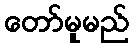
တော်မူမည်